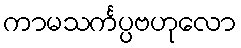
ကာမသင်္ကပ္ပဗဟုလော